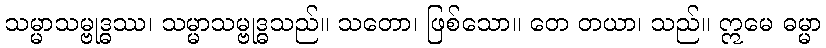
သမ္မာသမ္ဗုဒ္ဓဿ၊ သမ္မာသမ္ဗုဒ္ဓသည်။ သတော၊ ဖြစ်သော။ တေ တယာ၊ သည်။ ဣမေ ဓမ္မာ